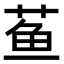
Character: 𬝁